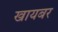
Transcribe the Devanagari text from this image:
खायबर